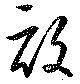
畝